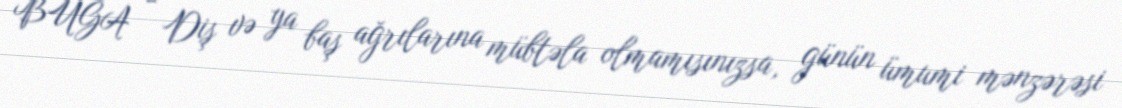
BUĞA - Diş və ya baş ağrılarına mübtəla olmamısınızsa, günün ümumi mənzərəsi